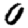
Digit: 0